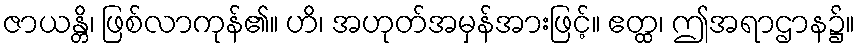
ဇာယန္တိ၊ ဖြစ်လာကုန်၏။ ဟိ၊ အဟုတ်အမှန်အားဖြင့်။ ဧတ္ထ၊ ဤအရာဌာန၌။